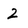
Character: 2